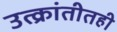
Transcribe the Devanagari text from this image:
उत्क्रांतीतही